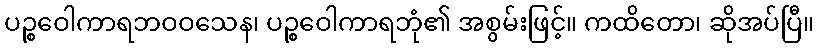
ပဉ္စဝေါကာရဘဝဝသေန၊ ပဉ္စဝေါကာရဘုံ၏ အစွမ်းဖြင့်။ ကထိတော၊ ဆိုအပ်ပြီ။